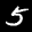
Label: 5